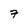
Character: 7